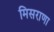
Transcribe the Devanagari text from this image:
मिसराणा